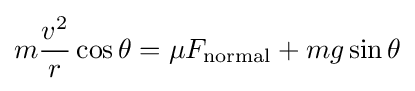
m{\frac {v^{2}}{r}}\cos \theta =\mu F_{\text{normal}}+mg\sin \theta